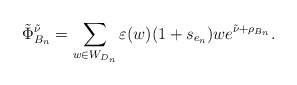
\begin{align*}\tilde\Phi^{\tilde\nu}_{B_n}=\sum_{w\in W_{D_n}} \varepsilon(w) (1+s_{e_n})w e^{\tilde\nu+\rho_{B_n}}.\end{align*}